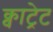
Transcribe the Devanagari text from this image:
क्वाट्रेट